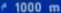
1000 m